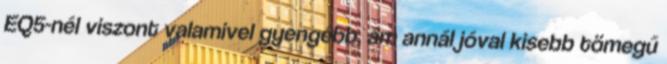
EQ5-nél viszont valamivel gyengébb, ám annál jóval kisebb tömegű